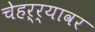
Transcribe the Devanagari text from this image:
चेहऱ्र्‍यावर